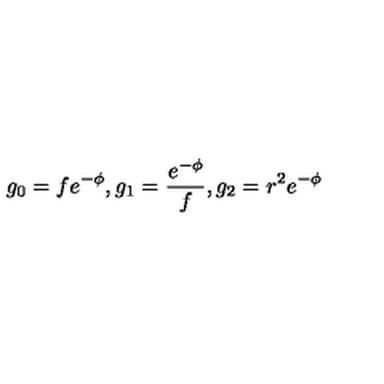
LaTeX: g _ { 0 } = f e ^ { - \phi } , g _ { 1 } = \frac { e ^ { - \phi } } { f } , g _ { 2 } = r ^ { 2 } e ^ { - \phi }